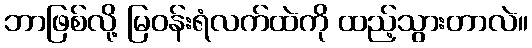
ဘာဖြစ်လို့ မြဝန်းရံလက်ထဲကို ထည့်သွားတာလဲ။